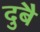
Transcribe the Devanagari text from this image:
दुबै